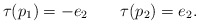
\begin{align*} \tau(p_1)=-e_2 \ \ \ \ \ \ \tau(p_2)=e_2. \end{align*}